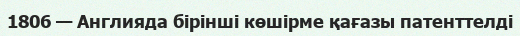
1806 — Англияда бірінші көшірме қағазы патенттелді